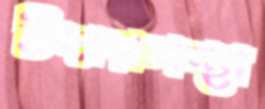
উদারপন্থা